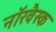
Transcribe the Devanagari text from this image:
नॉरवैस्क